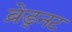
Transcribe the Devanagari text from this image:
ब्रेड्नट